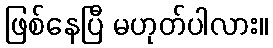
ဖြစ်နေပြီ မဟုတ်ပါလား။